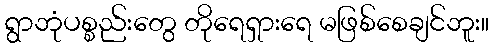
ရွာဘုံပစ္စည်းတွေ တိုရေရှားရေ မဖြစ်စေချင်ဘူး။